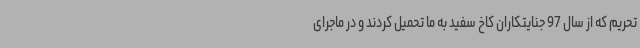
تحریم که از سال 97 جنایتکاران کاخ سفید به ما تحمیل کردند و در ماجرای